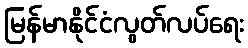
မြန်မာနိုင်ငံလွတ်လပ်ရေး